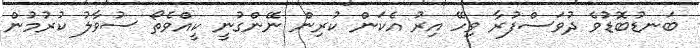
ބަނޑުބޮޑުވެ ދުވަސްފުރާ ވިހޭ އިރު އެކަން ކުރިން ނޭންގުނީ ކީއްވެތޯ ސުވާލު ކުރުމުން